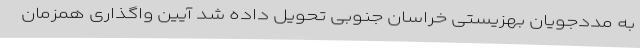
به مددجویان بهزیستی خراسان جنوبی تحویل داده شد آیین واگذاری همزمان